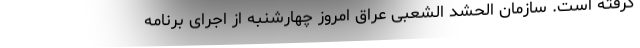
گرفته است. سازمان الحشد الشعبی عراق امروز چهارشنبه از اجرای برنامه